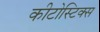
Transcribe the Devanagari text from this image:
कीटोस्टिक्स